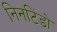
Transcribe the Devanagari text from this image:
निनटिंडो